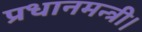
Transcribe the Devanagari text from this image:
प्रधानमन्त्री।